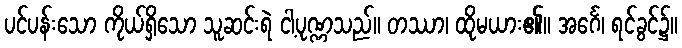
ပင်ပန်းသော ကိုယ်ရှိသော သူဆင်းရဲ ငါ့ပုဏ္ဏသည်။ တဿာ၊ ထိုမယား၏။ အင်္ဂေ၊ ရင်ခွင်၌။